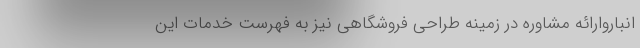
انباروارائه مشاوره در زمینه طراحی فروشگاهی نیز به فهرست خدمات این